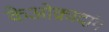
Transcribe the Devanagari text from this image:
केओक्रादांग